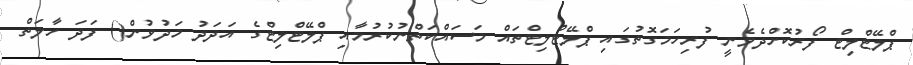
ޕްލޭޓްލިޓް ފޯރުކޮށްދެވެނީ ފުރިހަމަގޮތުގައި ޕްލޭޓްލިޓްތައް މަސައްކަތްނުކުރުމާއި ޕްލޭޓްލިޓްގެ އަދަދު މަދުވުން() ފަދަ ހާލަތް